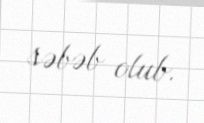
səbəb olub.